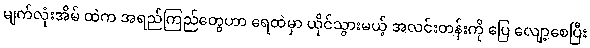
မျက်လုံးအိမ် ထဲက အရည်ကြည်တွေဟာ ရေထဲမှာ ယိုင်သွားမယ့် အလင်းတန်းကို ပြေ လျော့စေပြီး